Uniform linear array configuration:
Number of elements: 16
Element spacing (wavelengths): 1
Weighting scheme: blackman
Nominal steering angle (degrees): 0
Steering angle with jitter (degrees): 1.972
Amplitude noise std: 0.05
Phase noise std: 0.05

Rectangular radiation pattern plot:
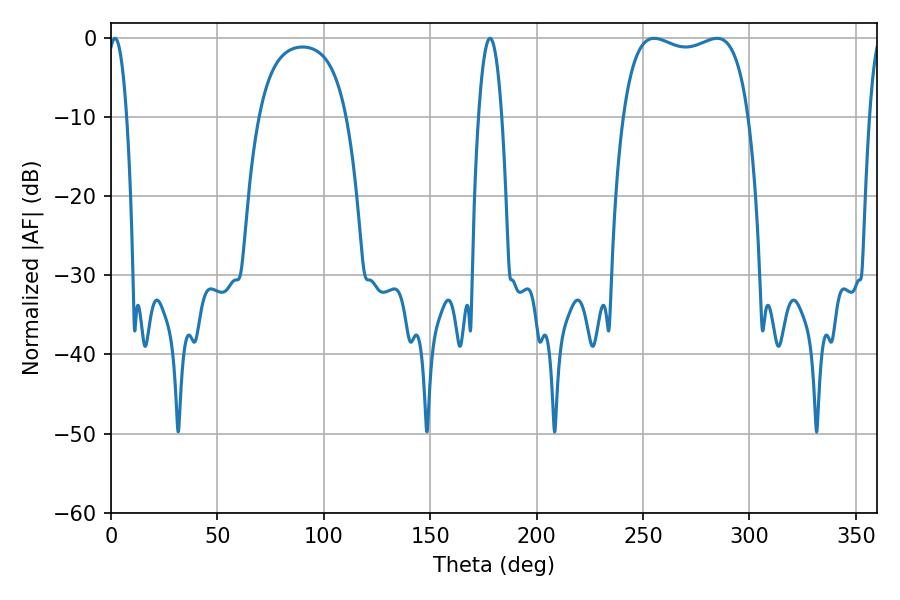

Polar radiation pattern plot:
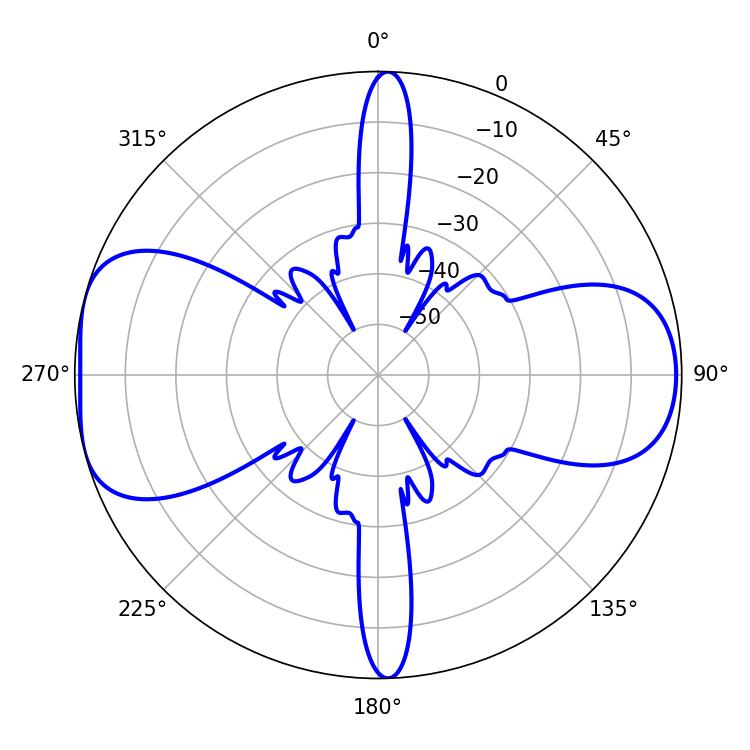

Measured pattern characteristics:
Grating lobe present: TRUE
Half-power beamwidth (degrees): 47.88
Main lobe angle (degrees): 284.76